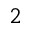
^ 2